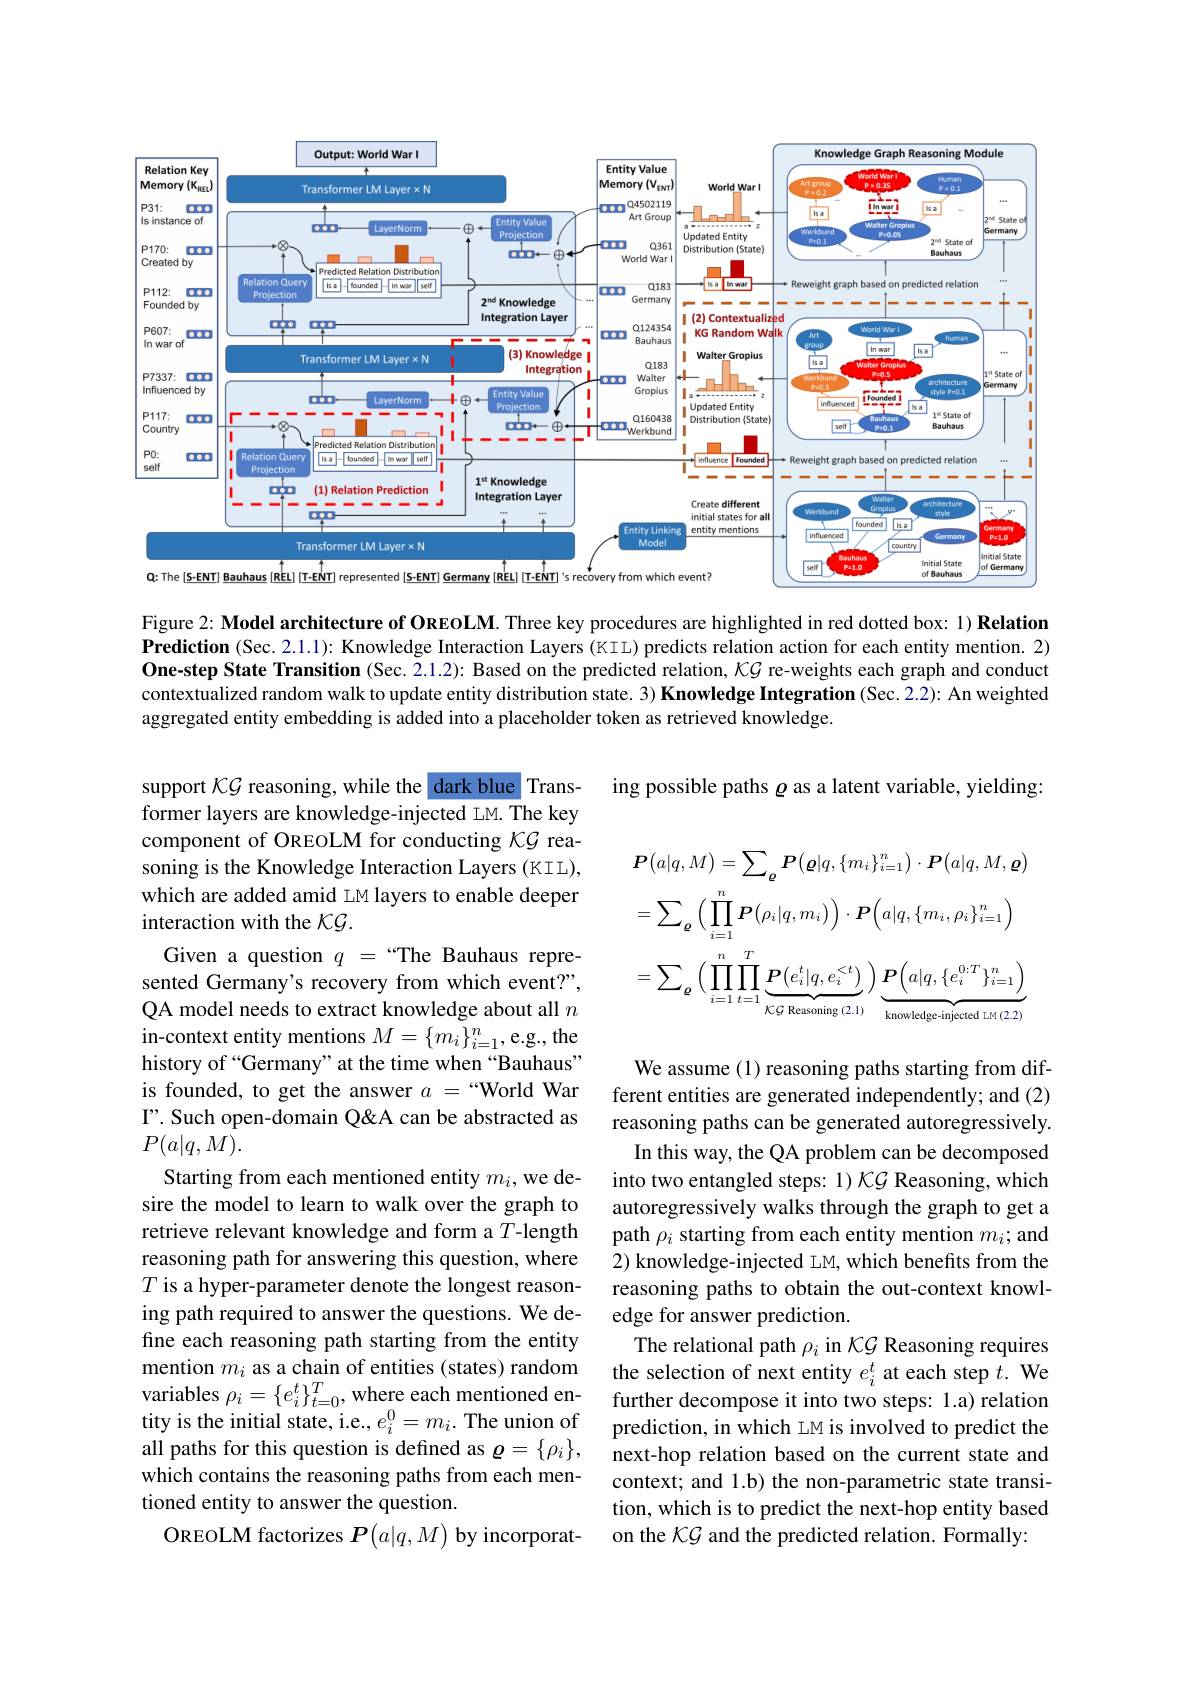
<FigureHere>

Figure 2: Model architecture of OREOLM. Three key procedures are highlighted in red dotted box: 1) Relation Prediction (Sec.2.1.1): Knowledge Interaction Layers (KIL) predicts relation action for each entity mention. 2) One-step State Transition (Sec. 2.1.2): Based on the predicted relation, $KG$ re-weights each graph and conduct contextualized random walk to update entity distribution state. 3) Knowledge Integration (Sec. 2.2): An weighted aggregated entity embedding is added into a placeholder token as retrieved knowledge.

ing possible paths $\varrho$ as a latent variable, yielding:
$$\boldsymbol{P}\big(a|q,M\big)=\sum_{\boldsymbol{\varrho}}\boldsymbol{P}\big(\boldsymbol{\varrho}|q,\{m_{i}\}_{i=1}^{n}\big)\cdot\boldsymbol{P}\big(a|q,M,\boldsymbol{\varrho}\big)\\=\sum_{\boldsymbol{\varrho}}\Big(\prod_{i=1}^{n}\boldsymbol{P}\big(\rho_{i}|q,m_{i}\big)\Big)\cdot\boldsymbol{P}\Big(a|q,\{m_{i},\rho_{i}\}_{i=1}^{n}\Big)\\=\sum_{\boldsymbol{\varrho}}\Big(\prod_{i=1}^{n}\prod_{t=1}^{T}\underbrace{P\big(e_{i}^{t}|q,e_{i}^{<t}\big)}_{\text{KG Reasoning (2.1)}}\Big)\underbrace{\boldsymbol{P}\Big(a|q,\{e_{i}^{0:T}\}_{i=1}^{n}\Big)}_{\text{knowledge-injected LM (2.2)}}$$
support KG reasoning, while the dark blue Transformer layers are knowledge-injected LM. The key component of OREOLM for conducting KG reasoning is the Knowledge Interaction Layers (KIL), which are added amid LM layers to enable deeper interaction with the KG.
Given a question $q=$“The Bauhaus represented Germany's recovery from which event?", QA model needs to extract knowledge about all $n$ in-context entity mentions $M=\{m_i\}_{i=1}^n$,e.g., the history of “Germany”at the time when“Bauhaus” is founded, to get the answer $a=“$World War I". Such open-domain Q&A can be abstracted as $P(a|q,M).$
Starting from each mentioned entity $m_i$,we desire the model to learn to walk over the graph to retrieve relevant knowledge and form a $T$-length reasoning path for answering this question, where $T$ is a hyper-parameter denote the longest reasoning path required to answer the questions. We define each reasoning path starting from the entity mention $m_i$ as a chain of entities (states) random variables $\rho_i=\{e_i^t\}_{t=0}^T$, where each mentioned entity is the initial state, i.e., $e_i^0=m_i.$ The union of all paths for this question is defined as $\varrho=\{\rho_i\}$, which contains the reasoning paths from each mentioned entity to answer the question.
OREOLM factorizes $P(a|q,M)$ by incorporat-

We assume (1) reasoning paths starting from different entities are generated independently; and (2) reasoning paths can be generated autoregressively. In this way, the QA problem can be decomposed into two entangled steps: 1) KG Reasoning, which autoregressively walks through the graph to get a path $\rho_i$ starting from each entity mention $m_i;$ and 2) knowledge-injected LM, which benefits from the reasoning paths to obtain the out-context knowledge for answer prediction.
The relational path $\rho_i$ in KG Reasoning requires the selection of next entity $e_i^t$ at each step $t.$ We further decompose it into two steps: 1.a) relation prediction, in which LM is involved to predict the next-hop relation based on the current state and context; and 1.b) the non-parametric state transition, which is to predict the next-hop entity based on the KG and the predicted relation. Formally